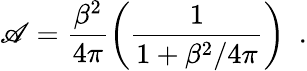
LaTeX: \mathscr{A}=\frac{{\beta^{2}}}{{4\pi}}\left(\frac{{1}}{{1+\beta^{2}/4\pi}}\right)\, \, \, .